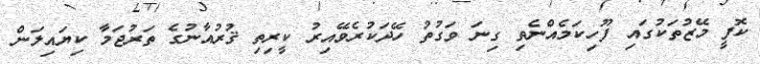
ކޮފީ މޭޒުތަކުގައި ފޫހިކަމެއްނެތި ގިނަ ވަގުތު ހޭދަކުރެވޭއިރު ކީރިތި ޤުރުއާނުގެ ތަރުޖަމާ ކިޔައިލަން